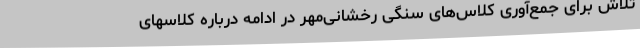
تلاش برای جمع‌آوری کلاس‌های سنگی رخشانی‌مهر در ادامه درباره کلاسهای